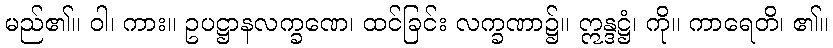
မည်၏။ ဝါ၊ ကား။ ဥပဋ္ဌာနလက္ခဏေ၊ ထင်ခြင်း လက္ခဏာ၌။ ဣန္ဒဋ္ဌံ၊ ကို။ ကာရေတိ၊ ၏။